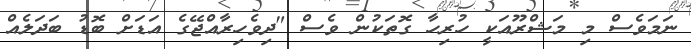
ނަމަވެސް މި މަޝްރޫއަކީ ހުރިހާ ގޮތަކުން ވެސް "ދިވެހިރާއްޖޭގެ އަޑަށް ބޮޑު ބަދަލެއް